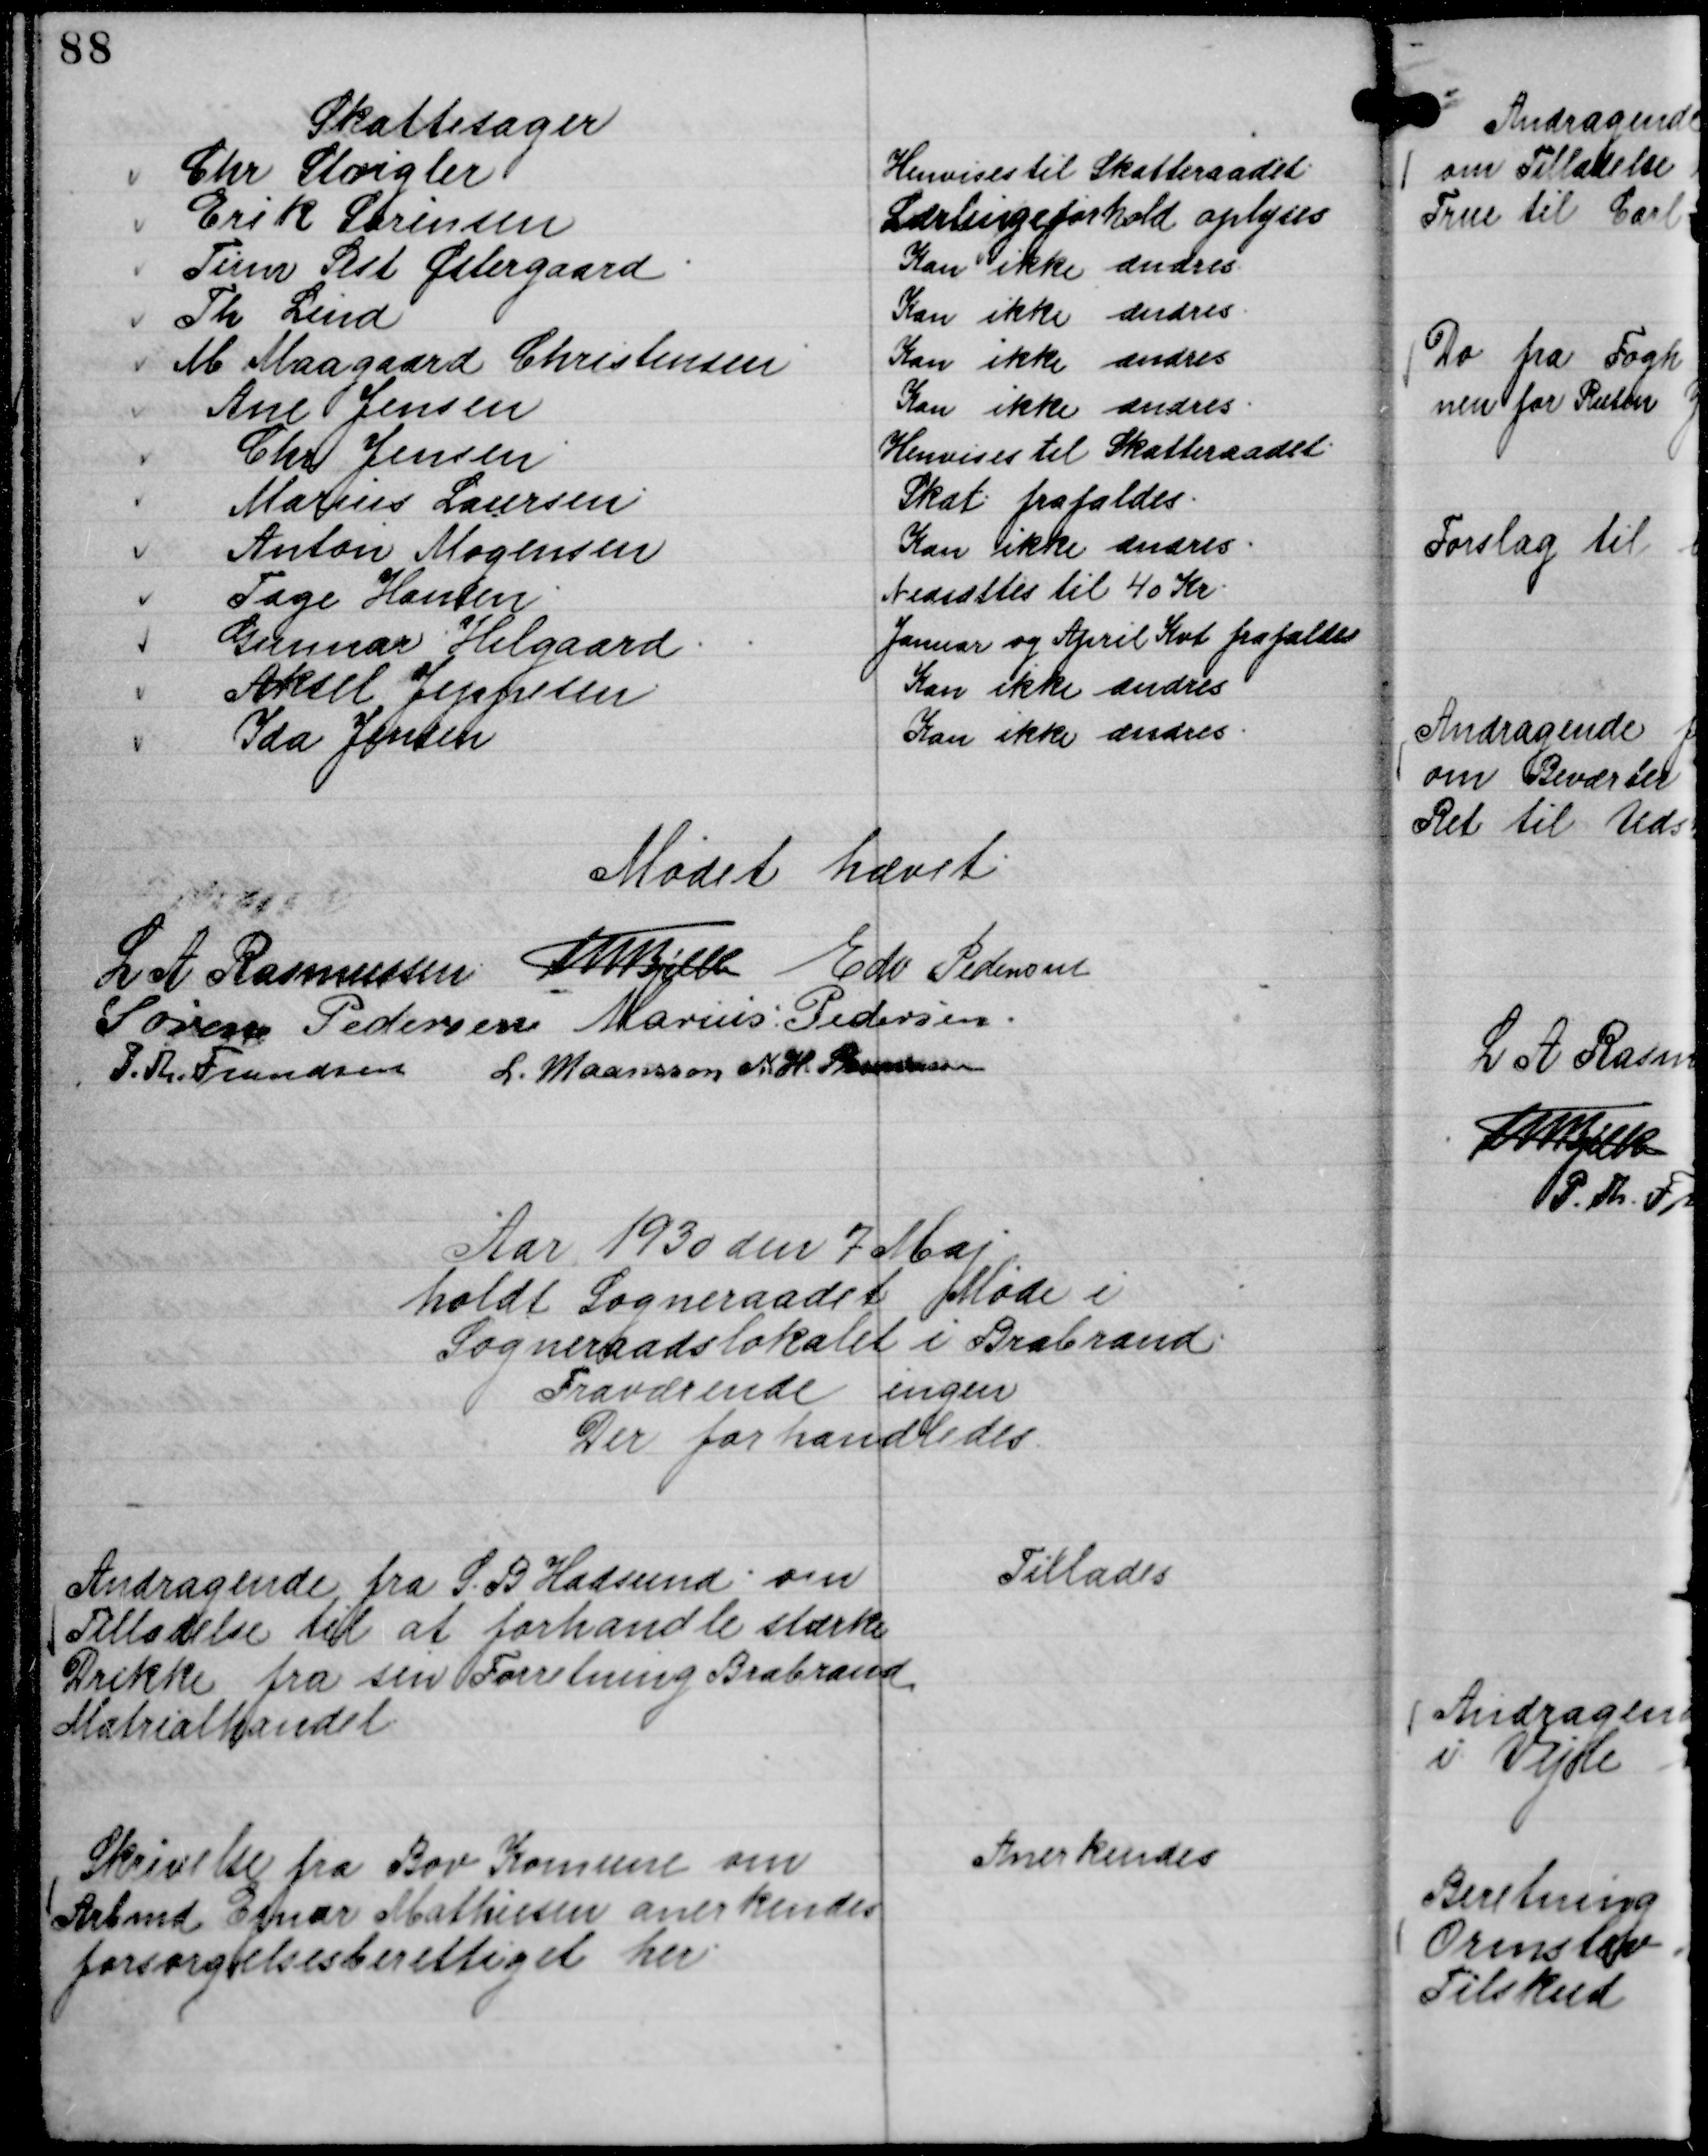
Transskription:
Skattesager
Chr Strigler
Henvises til Skatteraadet
Erik Sarinsen
Lærlingeforhold oplyses
Tinn Sest Østergaard.
Kan ikke ændres.
Th Lind
Kan ikke ændres.
M Maagaard Christensen
Kan ikke ændres
Ane Jensen
Kan ikke ændres.
Chr Jensen
Henvises til Skatteraadet.
Marius Laursen
Skat frafaldes.
Anton Mogensen
Kan ikke ændres.
Tage Hansen.
Nedsættes til 40 Kr.
Gunnar Helgaard.
Januar og April Kvt frafaldes
Aksel Jeppesen
Kan ikke ændres
Ida Jensen
Kan ikke ændres.

Mødet hævet
L A Rasmussen
Th Bjelke
Edv Pedersen
Søren Pedersen
Marius Pedersen.
P. Th. Frandsen
L. Maansson
N. H. Rasmussen

Aar 1930 den 7 Maj
holdt Sogneraadet Møde i
Sogneraadslokalet i Brabrand.
Fraværende ingen
Der forhandledes

Andragende fra S. B Hadsund om
Tilladelse til at forhandle stærke
Drikke fra sin Forretning Brabrand
Matrialhandel

Tillades

Skrivelse fra Bov Komune om
Arbmd Einar Mathiesen anerkendes
forsørgelsesberettiget her.

Anerkendes